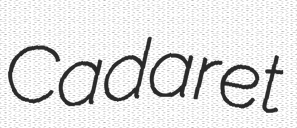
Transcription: Cadaret